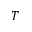
T